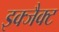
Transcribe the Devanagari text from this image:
इक्जैक्ट